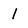
Character: 1